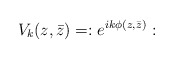
\begin{align*}V_{k}(z,\bar{z})= :e^{ik\phi(z,\bar{z})}:\end{align*}